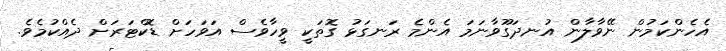
އެހެންކަމުން ނޭވާލާން އުނދަގޫވާނަމަ އެންމެ ރަނގަޅު ގޮތަކީ ވީހާވެސް އަވަހަށް ޑޮކްޓަރަށް ދެއްކުމެވެ.